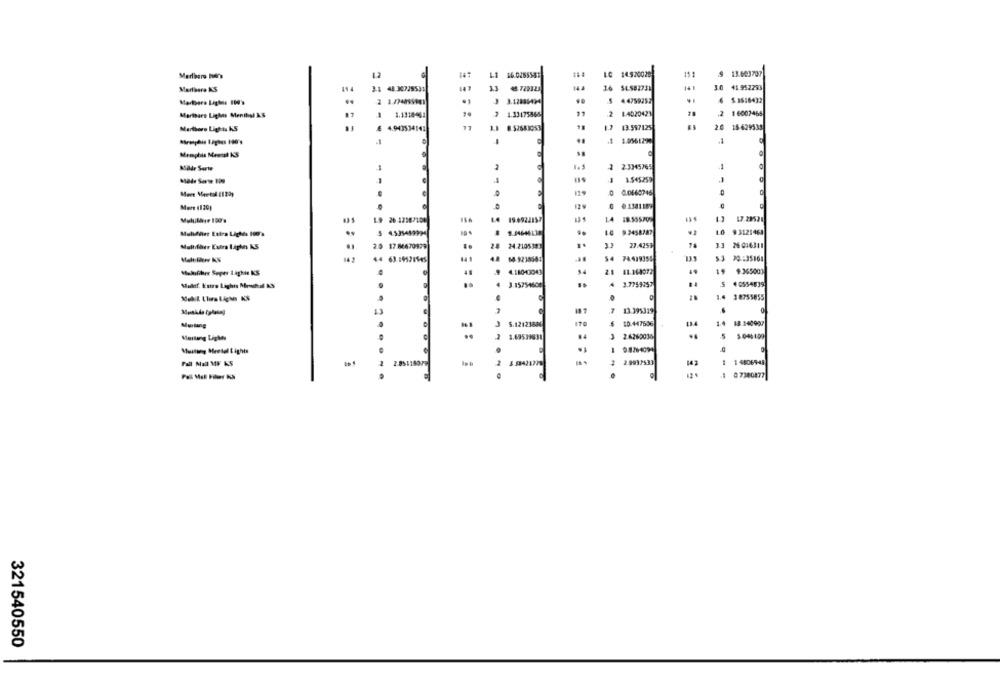
147
16 0285581
LG 14.920028
15
9 13.693707
11
16 SLS82731
41.952293
Marlboro Lights 100'e
3.12835494
Martbare Lights Menthol KG
1.1318462
1.33175865
2
1.4020423
.2 16007465
Marlboro Lights KS
4.943534141
11
13.597125
20 15-629538
1.0561290
-
Memphis Mental KS
2 2.3345765
Kilde Serie
1.545250
G.0660746
More (1201
6 1256/109
19.4922153
1.4
Mulvinter Eufra Lights 100's
.84646136
9.2458187
9 3121468
Multifler Extra Liphes KS
24.2105 38
27.4253
26 016311
$4 74419355
$3 30:35161
Mekifiher Seper Läghie KS
4 18040043
2.1 41.164072
49
19
..
3.15754600
5 4 0554039
1.4 3 8755855
Mustang
5.1212388
170
10.447606
1.4 18.140907
3.69539838
2.6260036
Mustang Meetel Eighis
285118979
2
2.9993533
1 48069-48
143
321540550